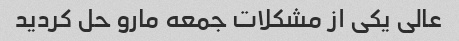
عالی یکی از مشکلات جمعه مارو حل کردید